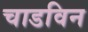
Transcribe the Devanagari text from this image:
चाडविन